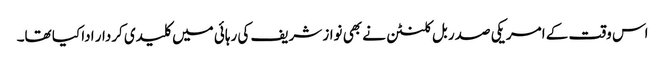
اس وقت کے امریکی صدر بل کلنٹن نے بھی نواز شریف کی رہائی میں کلیدی کردار ادا کیا تھا۔